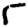
Digit: 5